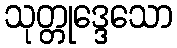
သုတ္တုဒ္ဒေသော